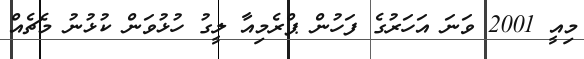
މިއީ 2001 ވަނަ އަހަރުގެ ފަހުން ޕްރެމިއާ ލީގު ހުޅުވަން ކުޅުނު މެޗެއް